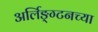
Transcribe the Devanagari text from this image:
अर्लिङ्ग्टनच्या